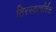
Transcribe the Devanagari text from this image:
तिरस्कार्पोर्वक